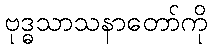
ဗုဒ္ဓသာသနာတော်ကို